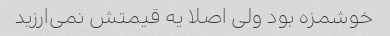
خوشمزه بود ولی اصلا یه قیمتش نمی‌ارزید